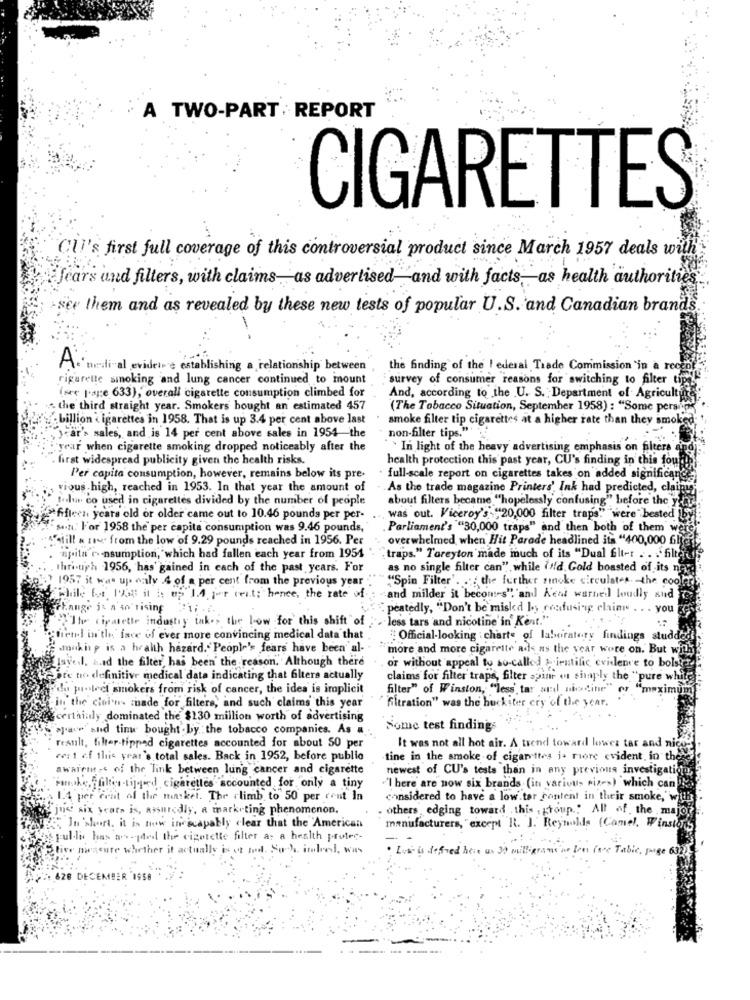
A TWO-PART . REPORT
CIGARETTES
CUI's first full coverage of this controversial product since March 1957 deals with
Jears und filters, with claims_ as advertised and with facts as health authorities.
er them and as revealed by these new tests of popular U.S. and Canadian brands
Arnedival evidear e establishing a relationship between
the finding of the ! ederal Trade Commission in a recen
rigarette sinoking and lung cancer continued to mount
survey of consumer reasons for switching to filter tip
(see l'age 633), overall cigarette consumption climbed for
And, according to the U. S. Department of Agriculture
the third straight year. Smokers bought an estimated 457
(The Tobacco Situation, September 1958) : "Some persi
billion cigarettes in 1958. That is up 3.4 per cent above last
smoke filter tip cigarettes at a higher rate than they smoke
non-filter tips."' ' ..
car's sales, and is 14 per cent above sales in 1954 the
year when cigarette smoking dropped noticeably after the
` In light of the heavy advertising emphasis on filters
first widespread publicity given the health risks
health protection this past year, CU's finding in this four
Per capita consumption, however, remains below its pre-
full-scale report on cigarettes takes on added significance
rious high, reached in 1953. In that year the amount of
As the trade magazine Printers' Ink had predicted, clainy
Jour co used in cigarettes divided by the number of people
about filters became "hopelessly confusing" before the you
fifteen years old or older came out to 10.46 pounds per per-
was out. Viceroy's "20,000 filter traps""were " bested
... For 1958 the per capita consumption was 9.46 pounds,
Parliament's "30,000 traps" and then both of them wer
"A"still # 14. from the low of 9.29 pounds reached in 1956. Per
overwhelmed, when Hit Parade headlined its "400,000 61
apita r.nsumption, which had fallen each year from 1954
traps." Toreyton made much of its "Dual fit-t . . . filter
.thri-uph: 1956, has gained in cach of the past years. For
as no single filter can". while (id. Gold boasted of its no
1957 it was up. only .4 of a per cent from the previous year
"Spin Filter'. . the further smoke circulates the cool
Phile for 1938 it i: op 1.4. 1-t weit; hence, the rate of
and milder it becomes", and Kent warned loudly and
change is a's'rising 21; ...
peatedly, "Don't be misled by confusing claim . . . you
The ciratette industry takes the bow for this shift of
"less tars and nicotine in Kent."
trend in th, face of ever more convincing medical data that
Official-looking : charte of laboratory findings studde
smukin p is a health hazard." People's fears have been' al-
more and more cigarette ads as the year wore on. But wit
Isyol, had the filter, has been' the reason. Although there
or without appeal to so-called siratific evidence to bolsyn
Gare tio definitive medical data indicating that filters actually
claims for filter traps, filter spine os shaply the "pure whi
du pleet smokers from risk of cancer, the idea is implicit
filter" of Winston, "less tar and niceine" or "maximum
"fitration" was the buckiter cry of the year.
in the claims made for filters, and such claims this year
certainly dominated the $130 million worth of advertising
. ..
aja" and time bought by the tobacco companies. As a.
Some test findings
result, filter-tipped cigarettes accounted for about 50 per
It was not all hot air. A trend toward lowez tar and nich
cost of this year's total sales. Back in 1952, before publio
tine in the smoke of cigarettes i- riore evident, in the
awareness of the link between lung cancer and cigarette
newest of CU's tests than in any previous investigation,
'I here are now six brands (in various piz->) which can
Pmoke, ifilter-tipped cigarettes accounted for only a tiny
1.4 per cent of the market. The climb to 50 per cent In
considered to have a low ter restent in their smoke,"wil
14 six years is, assuredly, a marketing phenomenon.
- others edging toward this group .. All of the majs
manufacturers, "except R. J. Reynolds (Camel, Winsto
In short. it is now in scapably clear that the American
spul.le has as -pod the cigotette filter a- a health protec-
nassure whether it actually is ot ant. Suh intend, was
· Lot is defined
1 (se Tabic,
ge 632
CEMBER 1958